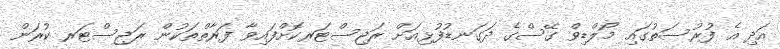
އަދި އެ ފުރުސަތުގައި މޯލްޑިވް ގޭސްގެ ދަގަނޑުފުޅިއަށް ރަޖިސްޓަރކޮށްފައިވާ ފަރާތްތަކުން ރަޖިސްޓަރ ކުރަން